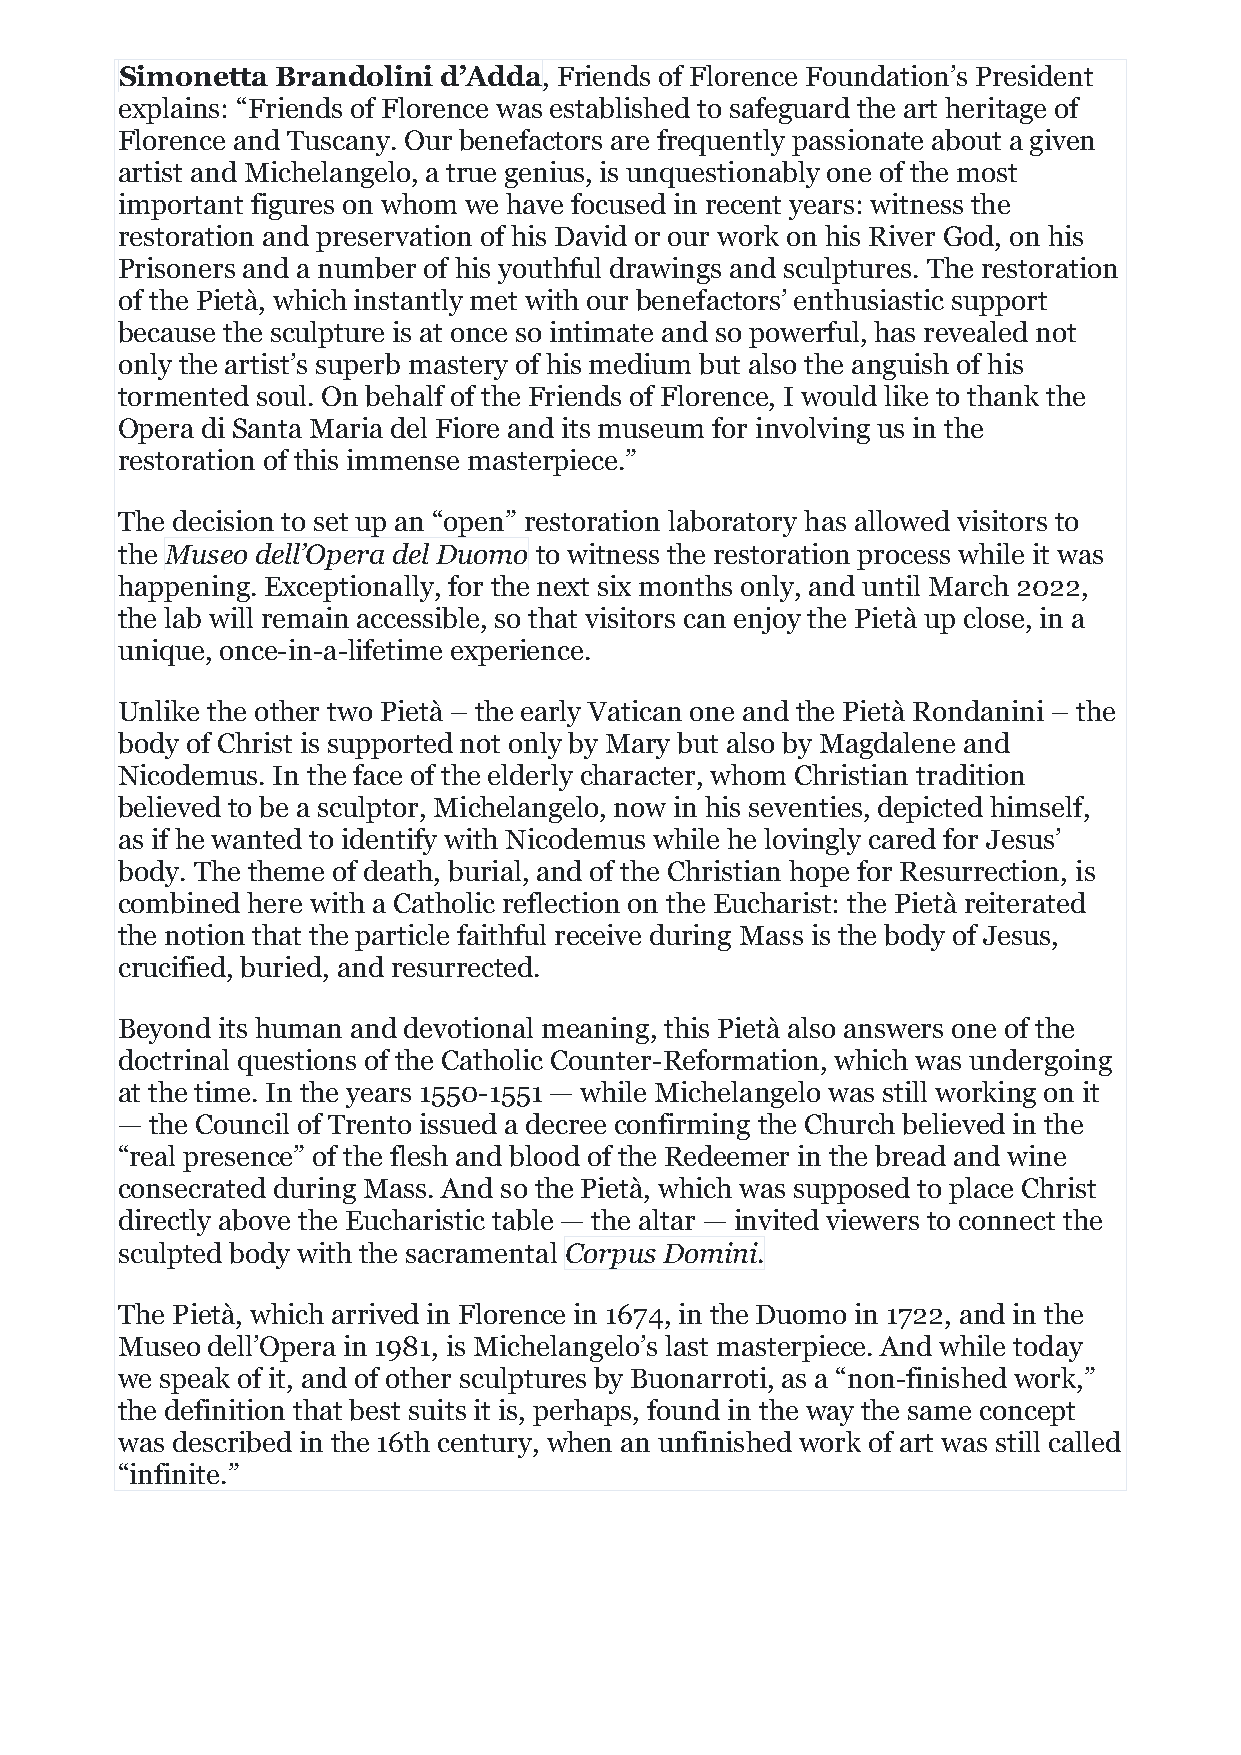
Simonetta Brandolini d’Adda, Friends of Florence Foundation’s President
 explains: “Friends of Florence was established to safeguard the art heritage of
 Florence and Tuscany. Our benefactors are frequently passionate about a given
 artist and Michelangelo, a true genius, is unquestionably one of the most
 important figures on whom we have focused in recent years: witness the
 restoration and preservation of his David or our work on his River God, on his
 Prisoners and a number of his youthful drawings and sculptures. The restoration
 of the Pietà, which instantly met with our benefactors’ enthusiastic support
 because the sculpture is at once so intimate and so powerful, has revealed not
 only the artist’s superb mastery of his medium but also the anguish of his
 tormented soul. On behalf of the Friends of Florence, I would like to thank the
 Opera di Santa Maria del Fiore and its museum for involving us in the
 restoration of this immense masterpiece.”
 The decision to set up an “open” restoration laboratory has allowed visitors to
 the Museo dell’Opera del Duomo to witness the restoration process while it was
 happening. Exceptionally, for the next six months only, and until March 2022,
 the lab will remain accessible, so that visitors can enjoy the Pietà up close, in a
 unique, once-in-a-lifetime experience.
 Unlike the other two Pietà – the early Vatican one and the Pietà Rondanini – the
 body of Christ is supported not only by Mary but also by Magdalene and
 Nicodemus. In the face of the elderly character, whom Christian tradition
 believed to be a sculptor, Michelangelo, now in his seventies, depicted himself,
 as if he wanted to identify with Nicodemus while he lovingly cared for Jesus’
 body. The theme of death, burial, and of the Christian hope for Resurrection, is
 combined here with a Catholic reflection on the Eucharist: the Pietà reiterated
 the notion that the particle faithful receive during Mass is the body of Jesus,
 crucified, buried, and resurrected.
 Beyond its human and devotional meaning, this Pietà also answers one of the
 doctrinal questions of the Catholic Counter-Reformation, which was undergoing
 at the time. In the years 1550-1551 — while Michelangelo was still working on it
 — the Council of Trento issued a decree confirming the Church believed in the
 “real presence” of the flesh and blood of the Redeemer in the bread and wine
 consecrated during Mass. And so the Pietà, which was supposed to place Christ
 directly above the Eucharistic table — the altar — invited viewers to connect the
 sculpted body with the sacramental Corpus Domini.
 The Pietà, which arrived in Florence in 1674, in the Duomo in 1722, and in the
 Museo dell’Opera in 1981, is Michelangelo’s last masterpiece. And while today
 we speak of it, and of other sculptures by Buonarroti, as a “non-finished work,”
 the definition that best suits it is, perhaps, found in the way the same concept
 was described in the 16th century, when an unfinished work of art was still called
 “infinite.”